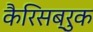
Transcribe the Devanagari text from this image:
कैरिसब्रुक